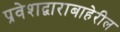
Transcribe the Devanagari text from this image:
प्रवेशद्वाराबाहेरील